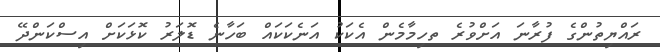
ރައްޔިތުންގެ ފުރާނަ އަށްވުރެ ތހިމާމެން އެކަކު އަނެކަކައް ބަހާނެ ޑޮލަރު ކޮޅަކަށް އިސްކަންދޭ